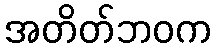
အတိတ်ဘဝက